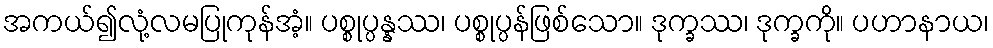
အကယ်၍လုံ့လမပြုကုန်အံ့။ ပစ္စုပ္ပန္နဿ၊ ပစ္စုပ္ပန်ဖြစ်သော။ ဒုက္ခဿ၊ ဒုက္ခကို။ ပဟာနာယ၊